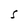
Character: S